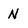
Character: N